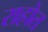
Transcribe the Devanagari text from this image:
राहोत